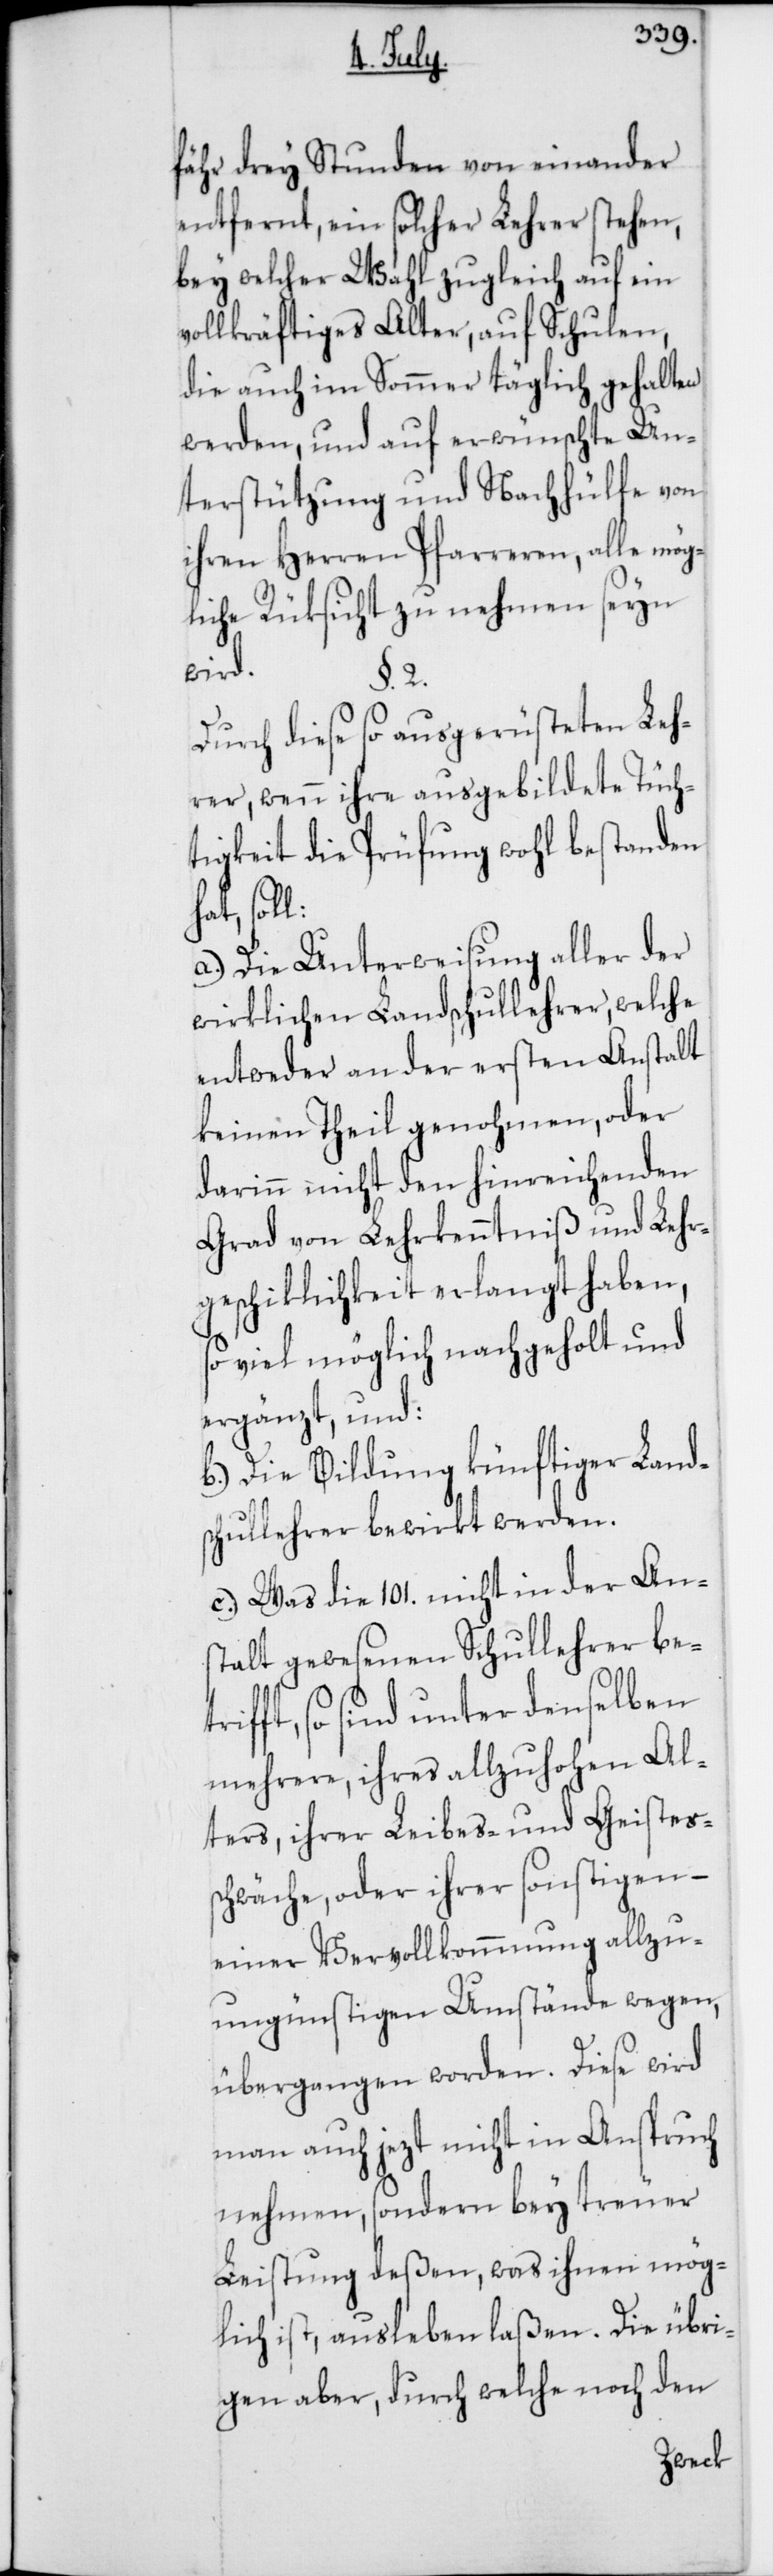
fähr drey Stunden voneinander
entfernt, ein solcher Lehrer stehen,
bey welcher Wahl zugleich auf ein
vollkräftiges Alter, auf Schulen,
die auch im Sommer täglich gehalten
werden, und auf erwünschte Un¬
terstützung und Nachhülfe von
ihren Herren Pfarreren, alle mög¬
liche Rüksicht zu nehmen seyn
wird.
§. 2.
Durch diese so ausgerüsteten Leh¬
rer, wenn ihre ausgebildete Tüch¬
tigkeit die Prüfung wohl bestanden
hat, soll:
a.) Die Unterweisung aller der
wirklichen Landschullehrer, welche
entweder an der ersten Anstalt
keinen Theil genohmen, oder
darinn nicht den hinreichenden
Grad von Lehrkenntniß und Lehr¬
geschiklichkeit erlangt haben,
so viel möglich nachgeholt und
ergänzt, und:
b.) Die Bildung künftiger Land¬
schullehrer bewirkt werden.
c.) Was die 101. nicht in der An¬
stalt gewesenen Schullehrer betr¬
ifft, so sind unter denselben
mehrere, ihres allzuhohen Al¬
ters, ihrer Leibes- und Geistes¬
schwäche, oder ihrer sonstigen –
einer Vervollkommnung allzu
ungünstigen Umstände wegen,
übergangen worden. Diese wird
man auch jezt nicht in Anspruch
nehmen, sondern bey treuer
Leistung deßen, was ihnen mög¬
lich ist, ausleben laßen. Die übri¬
gen aber, durch welche noch den